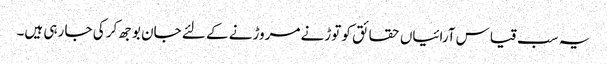
یہ سب قیاس آرائیاں حقائق کو توڑنے مروڑنے کے لئے جان بوجھ کر کی جا رہی ہیں۔